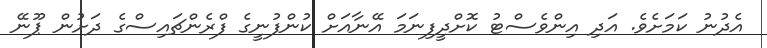
އެދުނު ކަމަށެވެ. އަދި އިންވެސްޓު ކޮށްދީފިނަމަ އޭނާއަށް ކުންފުނީގެ ފްރެންޗައިސްގެ ދަށުން ޕޫނޭ